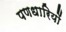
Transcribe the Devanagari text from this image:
पणधारियों